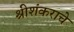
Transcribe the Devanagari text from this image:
श्रीशंकराचे